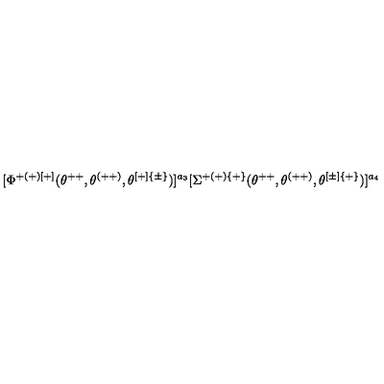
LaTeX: [ \Phi ^ { + ( + ) [ + ] } ( \theta ^ { + + } , \theta ^ { ( + + ) } , \theta ^ { [ + ] \{ \pm \} } ) ] ^ { a _ { 3 } } [ \Sigma ^ { + ( + ) \{ + \} } ( \theta ^ { + + } , \theta ^ { ( + + ) } , \theta ^ { [ \pm ] \{ + \} } ) ] ^ { a _ { 4 } }